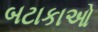
બટાકાઓ